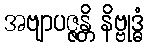
အဗျာပဇ္ဇန္တိ နိဗ္ဗုဒ္ဓံ